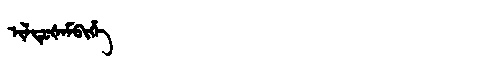
Manchu: ᡳᠯᡩᡠᡧᠠᠮᠪᡳᡥᡝ
Romanization: ILDUŠAMBIHE